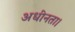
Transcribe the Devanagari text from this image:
अधीनता।